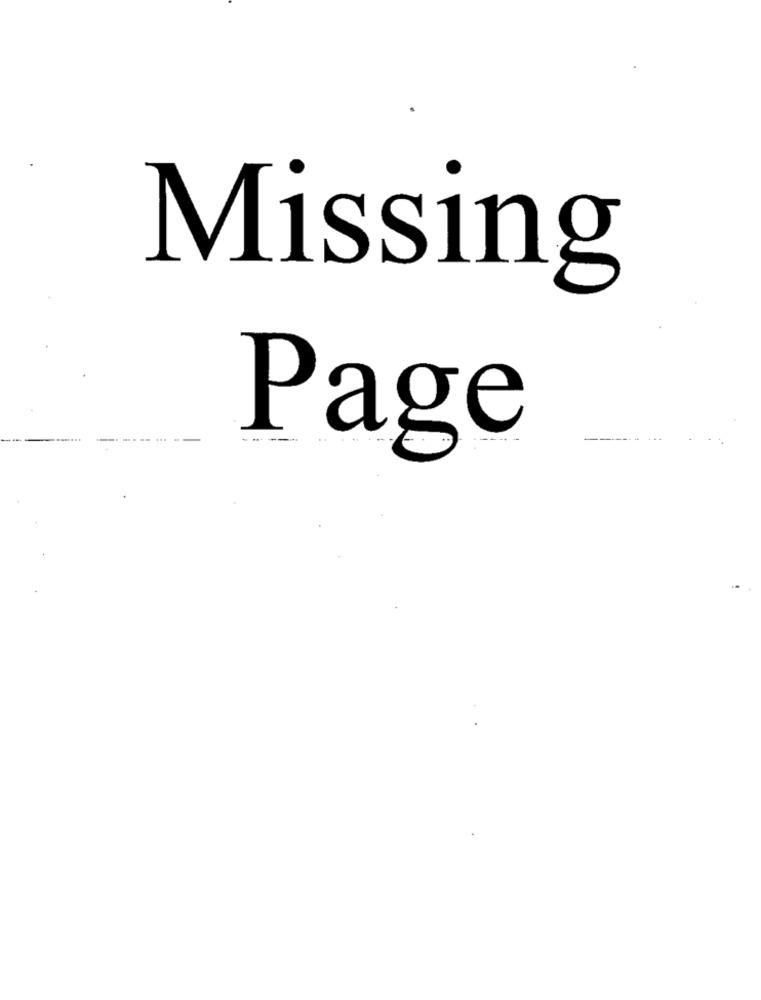
Missing
--
Page